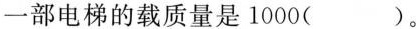
一部电梯的载质量是1000( )。